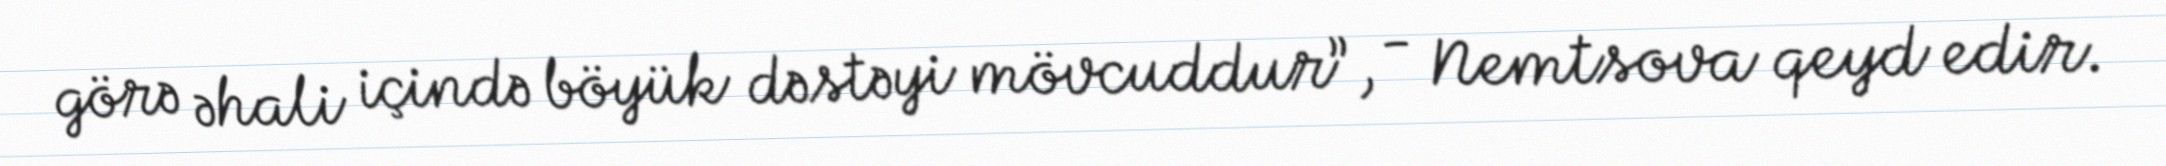
görə əhali içində böyük dəstəyi mövcuddur”, - Nemtsova qeyd edir.